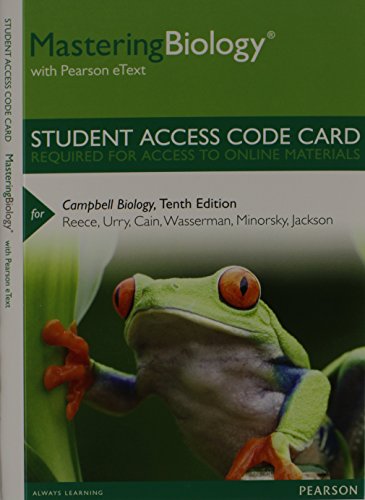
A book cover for MasteringBiology with Pearson eText -- Standalone Access Card -- for Campbell Biology (10th Edition); Jane B. Reece; Science & Math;